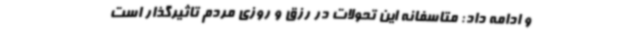
و ادامه داد: متاسفانه این تحولات در رزق و روزی مردم تاثیرگذار است